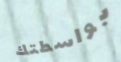
بواسطتك